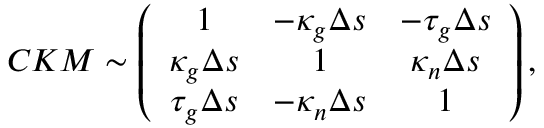
C K M \sim \left( \begin{array} { c c c } { { 1 } } & { { - \kappa _ { g } \Delta s } } & { { - \tau _ { g } \Delta s } } \\ { { \kappa _ { g } \Delta s } } & { { 1 } } & { { \kappa _ { n } \Delta s } } \\ { { \tau _ { g } \Delta s } } & { { - \kappa _ { n } \Delta s } } & { { 1 } } \end{array} \right) ,